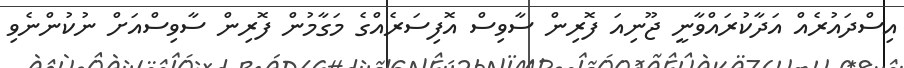
އިސްދައުރެއް އަދާކުރައްވާނީ ޖޫނިއަ ފޮރިން ސާވިސް އޮފިސަރެއްގެ މަގާމުން ފޮރިން ސާވިސްއަށް ނުކުންނެވި